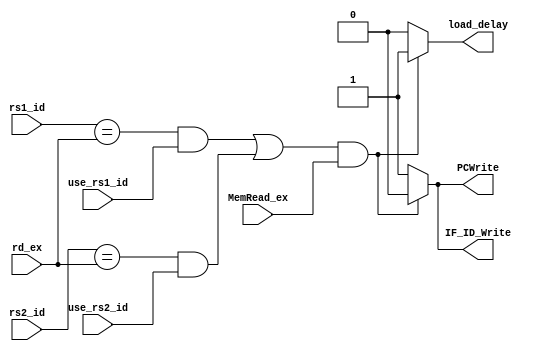
	module Hazard_detect(
		input wire [4:0] rd_ex,  //input
		input wire MemRead_ex,
		input wire [4:0] rs1_id,
		input wire [4:0] rs2_id, 
		input wire use_rs1_id,
		input wire use_rs2_id,
		
		output reg load_delay,   //output
		output reg PCWrite,
		output reg IF_ID_Write
		);

		initial begin
			load_delay = 1'b0;
			PCWrite = 1'b1;
			IF_ID_Write = 1'b1;
		end

		always @(*) begin
			if ( (((rs1_id==rd_ex)&&(use_rs1_id)) || ((rs2_id==rd_ex)&&(use_rs2_id))) && MemRead_ex) begin
					load_delay = 1;
					PCWrite = 0;
					IF_ID_Write = 0;	
			end
			else begin
				load_delay = 0;
				PCWrite = 1;
				IF_ID_Write = 1;
			end
		end
		
	endmodule